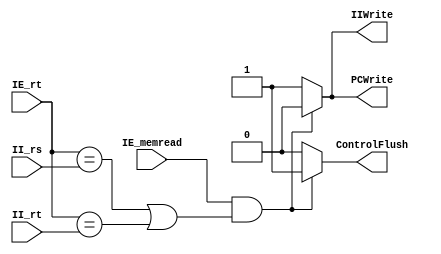
module HazardDectection_Unit ( IE_memread, IE_rt, II_rs, II_rt, PCWrite, IIWrite, ControlFlush );

input wire IE_memread;
input wire [5-1:0] IE_rt, II_rs, II_rt;

output wire PCWrite, IIWrite, ControlFlush;

assign PCWrite = ( IE_memread && (IE_rt==II_rs || IE_rt==II_rt ) )? 0 : 1;
assign IIWrite = ( IE_memread && (IE_rt==II_rs || IE_rt==II_rt ) )? 0 : 1;
assign ControlFlush = ( IE_memread && (IE_rt==II_rs || IE_rt==II_rt ) )? 1 : 0;

endmodule